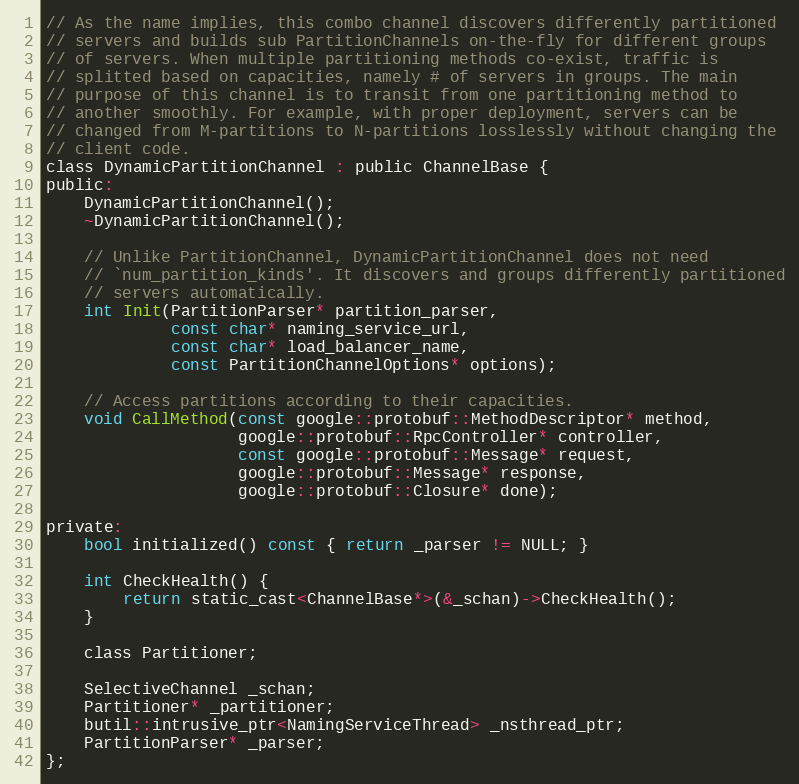
Language: C
// As the name implies, this combo channel discovers differently partitioned
// servers and builds sub PartitionChannels on-the-fly for different groups
// of servers. When multiple partitioning methods co-exist, traffic is
// splitted based on capacities, namely # of servers in groups. The main
// purpose of this channel is to transit from one partitioning method to
// another smoothly. For example, with proper deployment, servers can be
// changed from M-partitions to N-partitions losslessly without changing the
// client code.
class DynamicPartitionChannel : public ChannelBase {
public:
    DynamicPartitionChannel();
    ~DynamicPartitionChannel();

    // Unlike PartitionChannel, DynamicPartitionChannel does not need
    // `num_partition_kinds'. It discovers and groups differently partitioned
    // servers automatically.
    int Init(PartitionParser* partition_parser,
             const char* naming_service_url,
             const char* load_balancer_name,
             const PartitionChannelOptions* options);

    // Access partitions according to their capacities.
    void CallMethod(const google::protobuf::MethodDescriptor* method,
                    google::protobuf::RpcController* controller,
                    const google::protobuf::Message* request,
                    google::protobuf::Message* response,
                    google::protobuf::Closure* done);

private:
    bool initialized() const { return _parser != NULL; }

    int CheckHealth() {
        return static_cast<ChannelBase*>(&_schan)->CheckHealth();
    }

    class Partitioner;

    SelectiveChannel _schan;
    Partitioner* _partitioner;
    butil::intrusive_ptr<NamingServiceThread> _nsthread_ptr;
    PartitionParser* _parser;
};